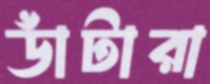
ডাঁটারা